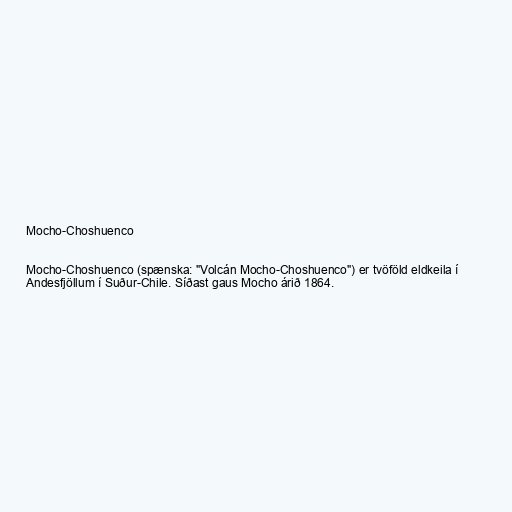
Mocho-Choshuenco

Mocho-Choshuenco (spænska: "Volcán Mocho-Choshuenco") er tvöföld eldkeila í
Andesfjöllum í Suður-Chile. Síðast gaus Mocho árið 1864.